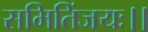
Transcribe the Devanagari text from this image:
समितिंजयः।।